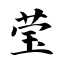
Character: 莹